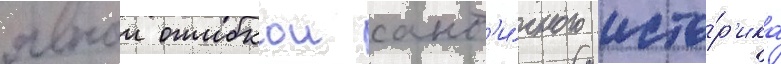
явнои ошибкои ант'и́чного исто́р'ика